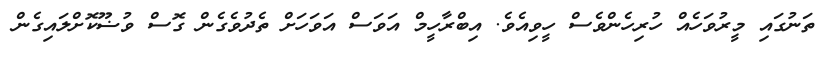
ތަނުގައި މީރުވަހެއް ހުރިހެންވެސް ހީވިއެވެ. އިބްރާހީމް އަވަސް އަވަހަށް ތެދުވެގެން ގޮސް ވުޟޫކޮށްލައިގެން